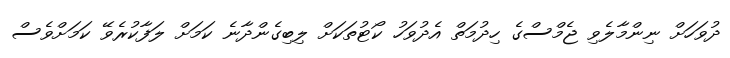
ދުވަހަށް ނިންމާލެވި ޖެމްސްގެ ހިދުމަތް އެދުވަހު ކޯޓުތަކަށް ލިބިގެންދާނެ ކަމަށް ލަފާކުރެވޭ ކަމަށްވެސް